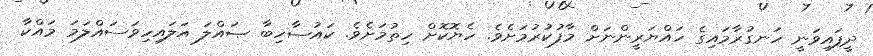
ދީފައިވަނީ ހަނގުރާމައިގެ ހައްޔަރީންނަށް މާފުކުރުމަށެވެ. ހެޔޮކޮށް ހިތުމަށެވެ. ކައުސާހިބާ ޞައްލަ އަލައިހިވަސައްލަމަ މައްކާ